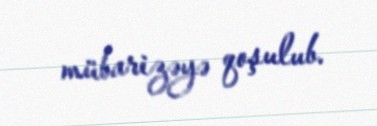
mübarizəyə qoşulub.